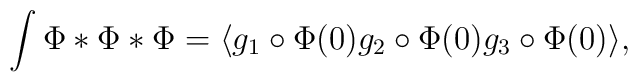
\int\Phi *\Phi *\Phi=\langle g_1\circ\Phi(0)g_2 \circ\Phi(0)g_3\circ\Phi(0)\rangle ,